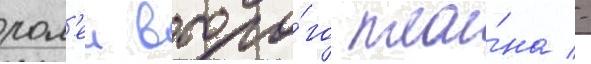
рол'еи второ́го пла́на -